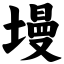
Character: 墁